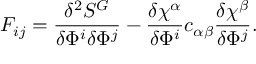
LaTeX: F _ { i j } = \frac { \delta ^ { 2 } S ^ { G } } { \delta \Phi ^ { i } \delta \Phi ^ { j } } - \frac { \delta \chi ^ { \alpha } } { \delta \Phi ^ { i } } c _ { \alpha \beta } \frac { \delta \chi ^ { \beta } } { \delta \Phi ^ { j } } .